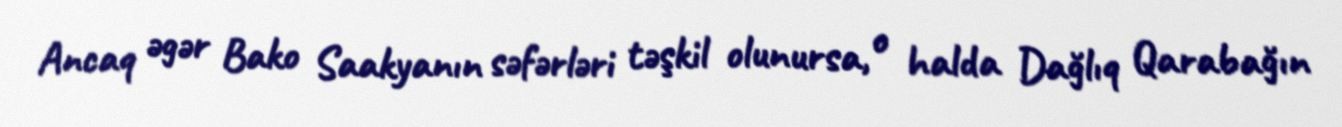
Ancaq əgər Bako Saakyanın səfərləri təşkil olunursa, o halda Dağlıq Qarabağın